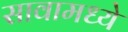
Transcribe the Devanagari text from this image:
सावामध्ये